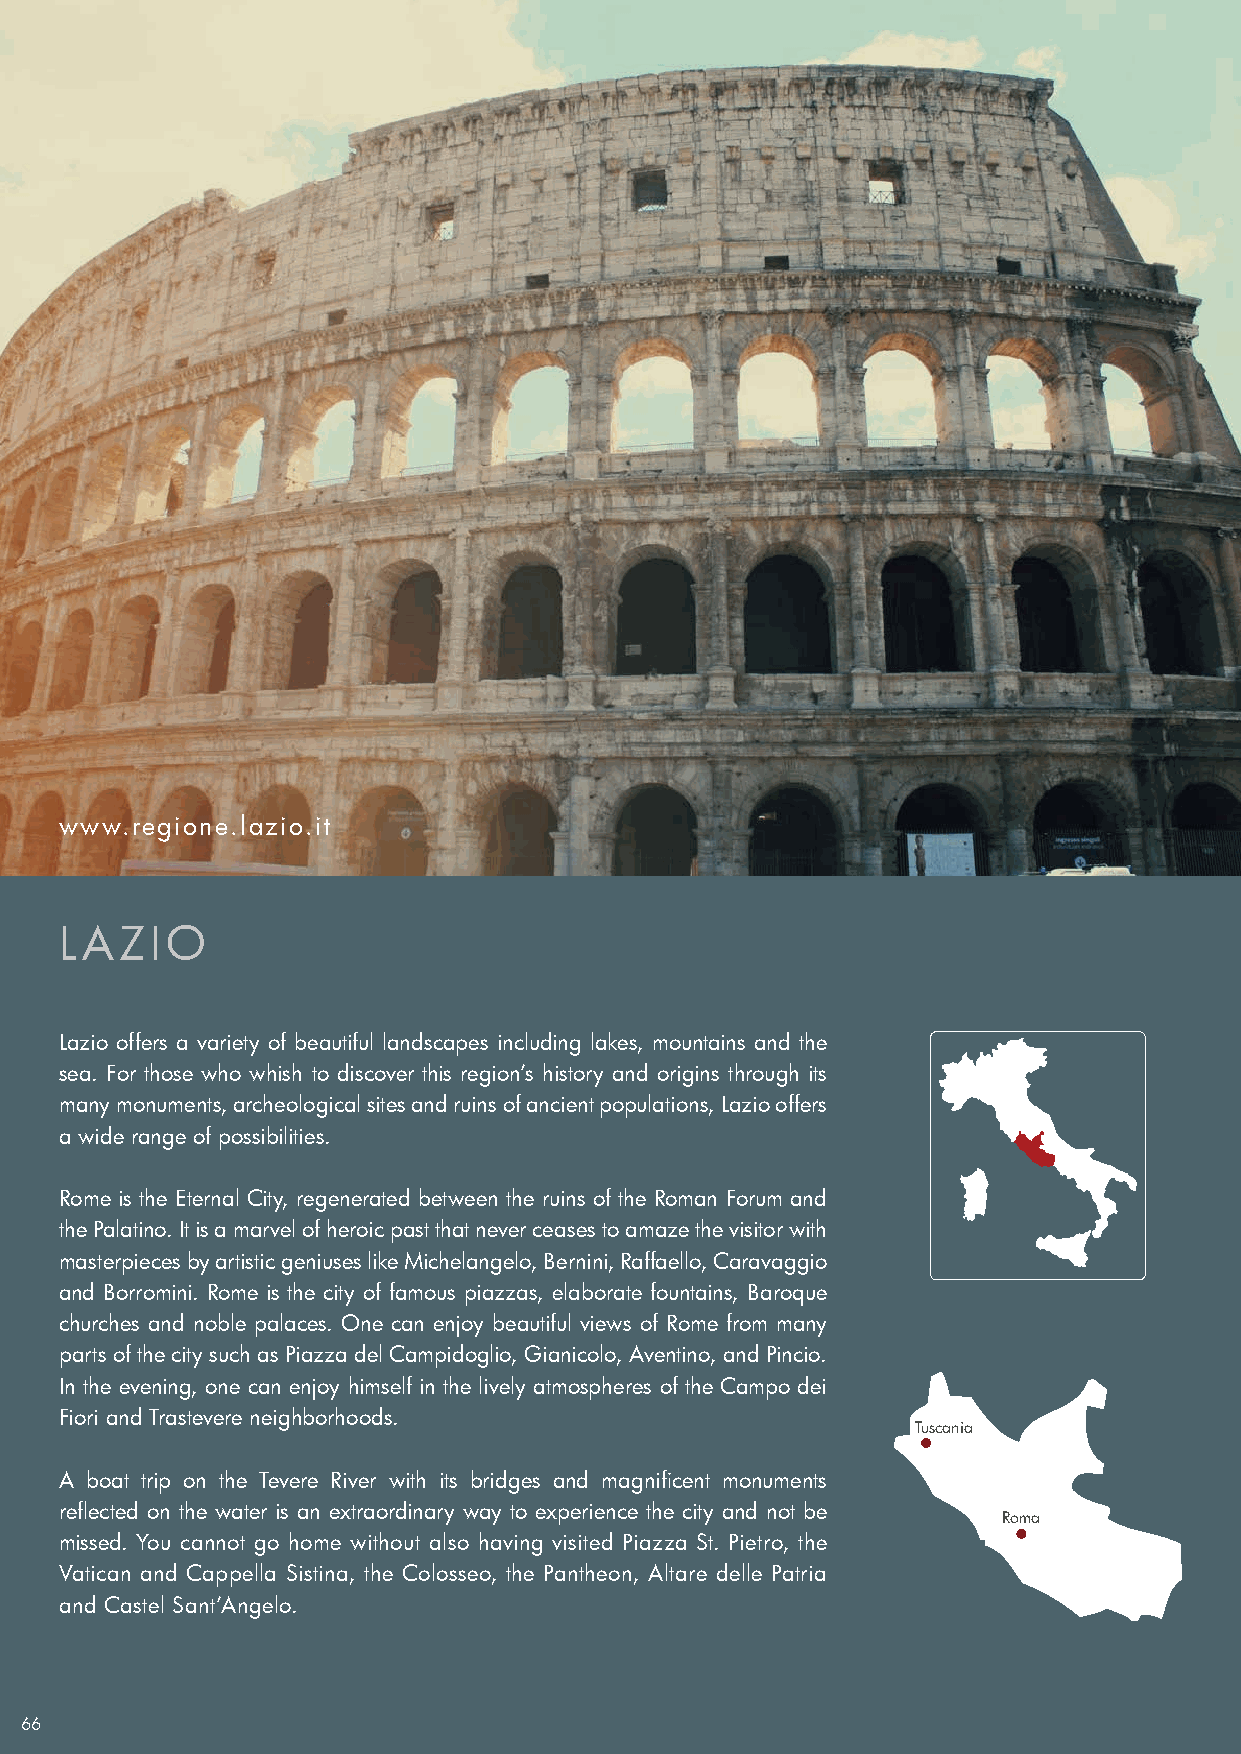
www.regione.lazio.it
 LAZIO
 Lazio offers a variety of beautiful landscapes including lakes, mountains and the
 sea. For those who whish to discover this region’s history and origins through its
 many monuments, archeological sites and ruins of ancient populations, Lazio offers
 a wide range of possibilities.
 Rome is the Eternal City, regenerated between the ruins of the Roman Forum and
 the Palatino. It is a marvel of heroic past that never ceases to amaze the visitor with
 masterpieces by artistic geniuses like Michelangelo, Bernini, Raffaello, Caravaggio
 and Borromini. Rome is the city of famous piazzas, elaborate fountains, Baroque
 churches and noble palaces. One can enjoy beautiful views of Rome from many
 parts of the city such as Piazza del Campidoglio, Gianicolo, Aventino, and Pincio.
 In the evening, one can enjoy himself in the lively atmospheres of the Campo dei
 Fiori and Trastevere neighborhoods.
 Tuscania
 A boat trip on the Tevere River with its bridges and magnificent monuments
 reflected on the water is an extraordinary way to experience the city and not be
 Roma
 missed. You cannot go home without also having visited Piazza St. Pietro, the
 Vatican and Cappella Sistina, the Colosseo, the Pantheon, Altare delle Patria
 and Castel Sant’Angelo.
 66